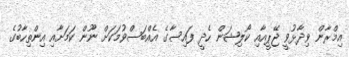
އިމްރާން ވިދާޅުވީ ޖޭޕީއާއި ކޯލިޝަން ހެދީ ފައިސާގެ އެއްބަސްވުމަކަށް ނޫން ކަމަށާއި އިންތިހާބުގެ